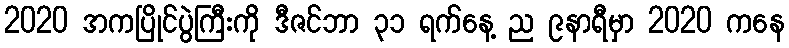
2020 အကပြိုင်ပွဲကြီးကို ဒီဇင်ဘာ ၃၁ ရက်နေ့ ည ၉နာရီမှာ 2020 ကနေ